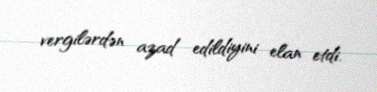
vergilərdən azad edildiyini elan etdi.